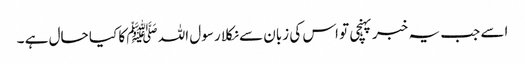
اسے جب یہ خبر پہنچی تو اس کی زبان سے نکلا رسول اللہ ﷺ کا کیا حال ہے ۔